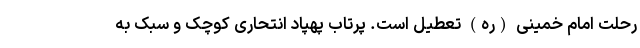
رحلت امام خمینی (ره) تعطیل است. پرتاب پهپاد انتحاری کوچک و سبک به